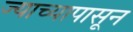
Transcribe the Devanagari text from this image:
ज्याच्यापासून